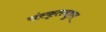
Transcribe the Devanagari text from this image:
संस्कृतबहुल